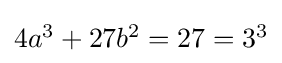
\textstyle 4a^{3}+27b^{2}=27=3^{3}